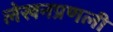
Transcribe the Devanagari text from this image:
लेखनप्रणली